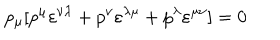
LaTeX: p _ { \mu } [ p ^ { \mu } \varepsilon ^ { \nu \lambda } + p ^ { \nu } \varepsilon ^ { \lambda \mu } + p ^ { \lambda } \varepsilon ^ { \mu \nu } ] = 0